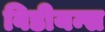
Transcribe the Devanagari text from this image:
विडीयन्स